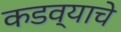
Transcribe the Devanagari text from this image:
कडव्याचे